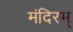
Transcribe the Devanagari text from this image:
मंदिरम्‌